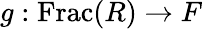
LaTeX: g:\operatorname{Frac}(R)\rightarrow F